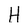
Character: H